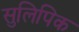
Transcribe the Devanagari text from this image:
सुलिपिक